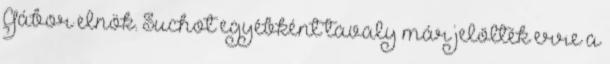
Gábor elnök. Suchot egyébként tavaly már jelölték erre a